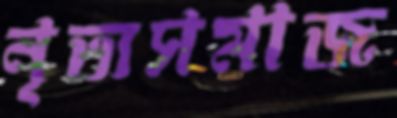
নৃত্যসমাজ